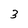
Character: 3